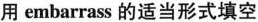
用 embarrass 的适当形式填空